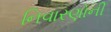
નિવારણોની